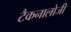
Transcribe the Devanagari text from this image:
टैकनालोजी